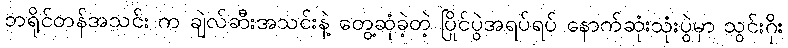
ဘရိုင်တန်အသင်း က ချဲလ်ဆီးအသင်းနဲ့ တွေ့ဆုံခဲ့တဲ့ ပြိုင်ပွဲအရပ်ရပ် နောက်ဆုံးသုံးပွဲမှာ သွင်းဂိုး